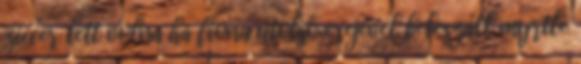
ziccer lett volna ha fiona utolsó erejével beleszáll myrtle